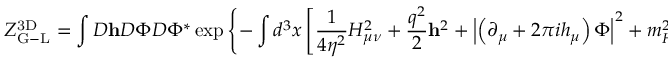
{ \cal Z } _ { \mathrm { G - L } } ^ { \mathrm { 3 D } } = \int { \cal D } { \bf h } { \cal D } \Phi { \cal D } \Phi ^ { * } \exp \left\{ - \int d ^ { 3 } x \left[ \frac { 1 } { 4 \eta ^ { 2 } } H _ { \mu \nu } ^ { 2 } + \frac { q ^ { 2 } } { 2 } { \bf h } ^ { 2 } + \left| \left( \partial _ { \mu } + 2 \pi i h _ { \mu } \right) \Phi \right| ^ { 2 } + m _ { H } ^ { 2 } \left| \Phi \right| ^ { 2 } + \lambda \left| \Phi \right| ^ { 4 } \right] \right\} .